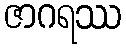
ဇာဂရဿ